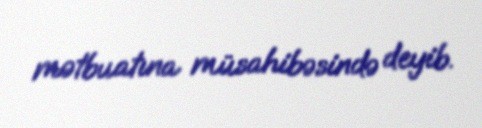
mətbuatına müsahibəsində deyib.